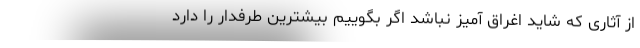
از آثاری که شاید اغراق آمیز نباشد اگر بگوییم بیشترین طرفدار را دارد